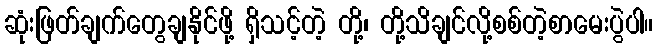
ဆုံးဖြတ်ချက်တွေချနိုင်ဖို့ ရှိသင့်တဲ့ တို့၊ တို့သိချင်လို့စစ်တဲ့စာမေးပွဲပါ။